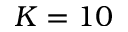
K = 1 0